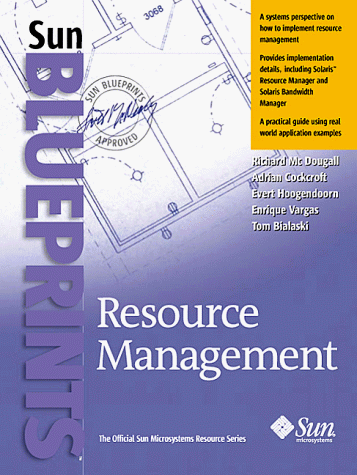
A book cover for Resource Management (Sun Bluprints); Richard Mc Dougall; Computers & Technology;